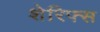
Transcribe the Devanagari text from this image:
शेरिफ्स